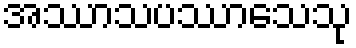
အဿာသပဿာသေသု